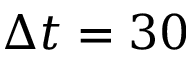
\Delta t = 3 0